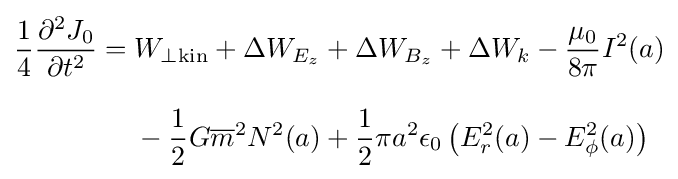
{\begin{aligned}{\frac {1}{4}}{\frac {\partial ^{2}J_{0}}{\partial t^{2}}}={}&W_{\perp {\text{kin}}}+\Delta W_{E_{z}}+\Delta W_{B_{z}}+\Delta W_{k}-{\frac {\mu _{0}}{8\pi }}I^{2}(a)\\[8pt]&{}-{\frac {1}{2}}G{\overline {m}}^{2}N^{2}(a)+{\frac {1}{2}}\pi a^{2}\epsilon _{0}\left(E_{r}^{2}(a)-E_{\phi }^{2}(a)\right)\\\end{aligned}}